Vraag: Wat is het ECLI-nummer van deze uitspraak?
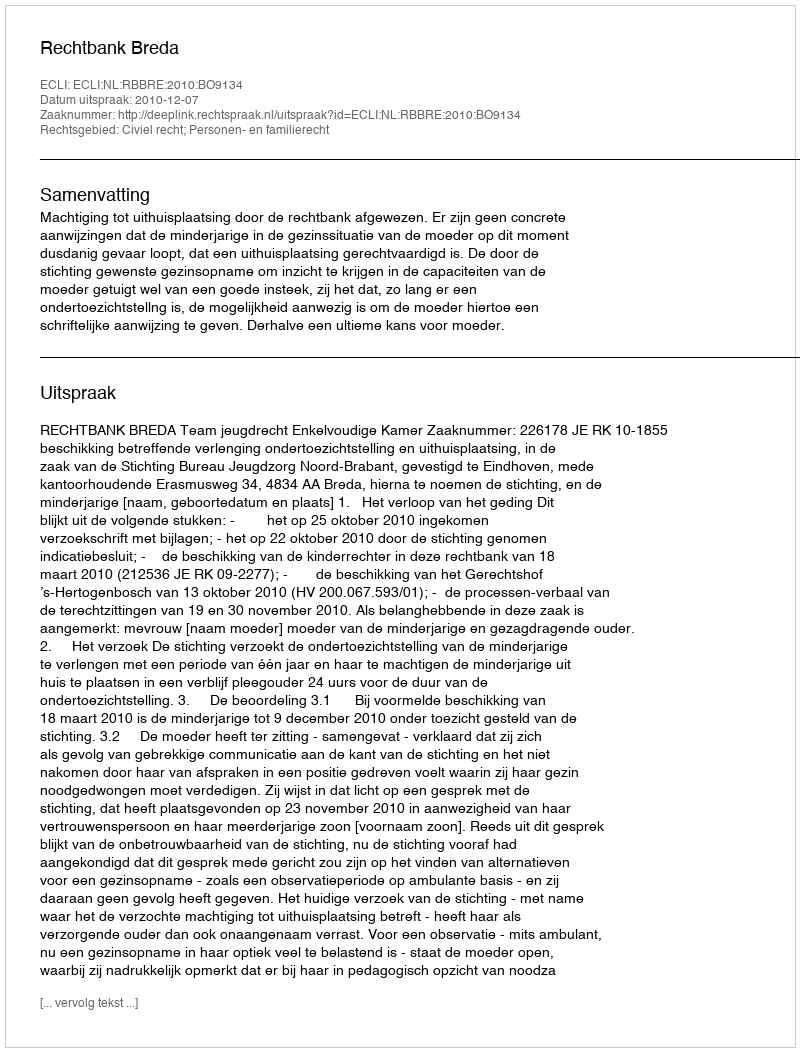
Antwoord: ECLI:NL:RBBRE:2010:BO9134